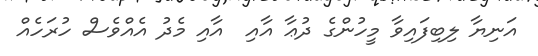
އަނިޔާ ލިބިފައިވާ މީހުންގެ ދުޢާ އާއި  އާއި މެދު އެއްވެސް ހުރަހެއް